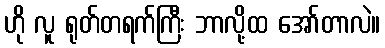
ဟို လူ ရုတ်တရက်ကြီး ဘာလို့ထ အော်တာလဲ။